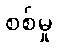
စစ်မှု